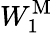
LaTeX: W_{1}^{\mathrm{M}}